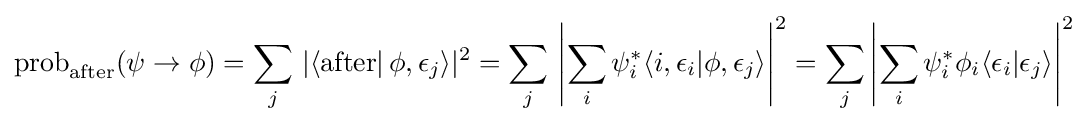
\operatorname {prob} _{\text{after}}(\psi \to \phi )=\sum _{j}\,\left|\langle {\text{after}}\right|\phi ,\epsilon _{j}\rangle |^{2}=\sum _{j}\,\left|\sum _{i}\psi _{i}^{*}\langle i,\epsilon _{i}|\phi ,\epsilon _{j}\rangle \right|^{2}=\sum _{j}\left|\sum _{i}\psi _{i}^{*}\phi _{i}\langle \epsilon _{i}|\epsilon _{j}\rangle \right|^{2}